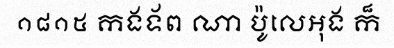
១៨១៥ កងទ័ព ណា ប៉ូលេអុង ក៏